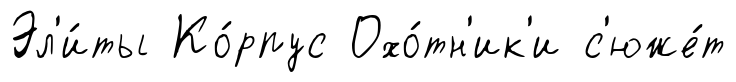
Эл'и́ты Ко́рпус Охо́тн'ик'и с'юже́т